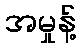
အမှုန့်